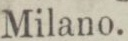
Milano.